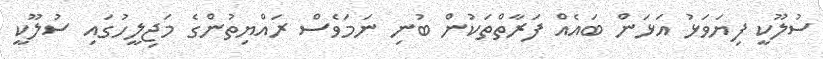
ސުލޫކީ ފިޔަވަޅު އަޅަން ބައެއް ފަރާތްތަކުން ބުނި ނަމަވެސް ރައްޔިތުންގެ މަޖިލީހުގައި ސުލޫކީ